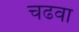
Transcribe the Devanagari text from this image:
चढवा